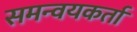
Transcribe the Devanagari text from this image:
समन्वयकर्ता